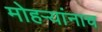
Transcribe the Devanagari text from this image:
मोहऱ्यांनाच